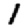
Digit: 1